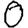
Digit: 0